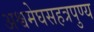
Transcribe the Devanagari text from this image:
अश्वमेघसहत्रपुण्य